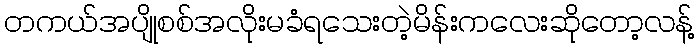
တကယ်အပျိုစစ်အလိုးမခံရသေးတဲ့မိန်းကလေးဆိုတော့လန့်